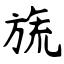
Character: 旒